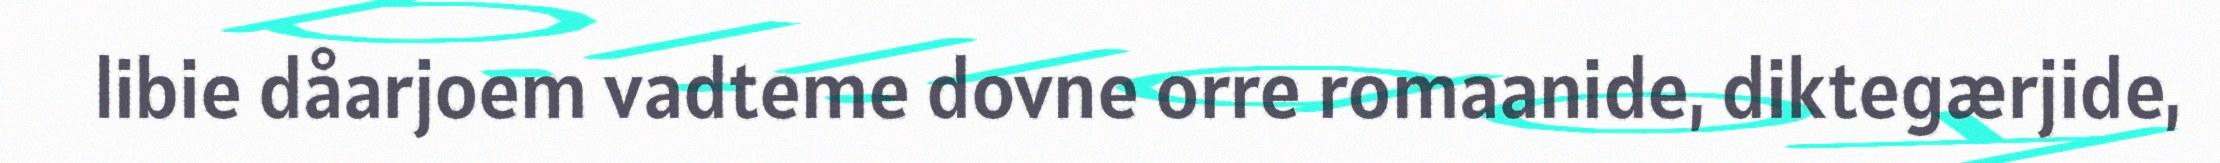
libie dåarjoem vadteme dovne orre romaanide, diktegærjide,